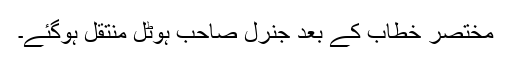
مختصر خطاب کے بعد جنرل صاحب ہوٹل منتقل ہوگئے۔